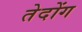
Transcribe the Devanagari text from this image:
तेदोंग